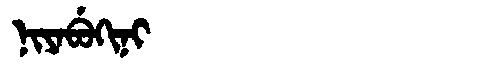
Manchu: ᠨᡳᠶᠠᠪᡠᡴᡳᠨᡳ
Romanization: NIYABUKINI